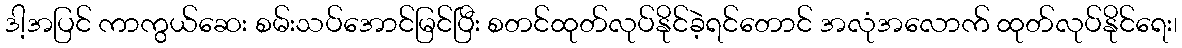
ဒါ့အပြင် ကာကွယ်ဆေး စမ်းသပ်အောင်မြင်ပြီး စတင်ထုတ်လုပ်နိုင်ခဲ့ရင်တောင် အလုံအလောက် ထုတ်လုပ်နိုင်ရေး၊